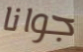
جوانا